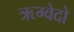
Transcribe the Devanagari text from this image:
ऋग्वेदो